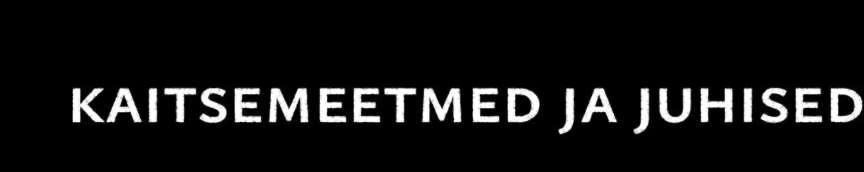
kaitsemeetmed ja juhised